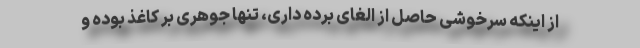
از اینکه سرخوشی حاصل از الغای برده داری، تنها جوهری بر کاغذ بوده و